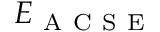
E _ { \mathrm { ~ A ~ C ~ S ~ E ~ } }